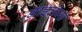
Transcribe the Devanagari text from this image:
नाइलेजा